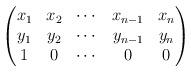
LaTeX: \begin{align*}\begin{pmatrix}x_1 & x_2 & \cdots & x_{n-1} & x_n \\y_1 & y_2 & \cdots & y_{n-1} & y_n \\1 & 0 & \cdots & 0 & 0\end{pmatrix}\end{align*}